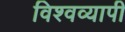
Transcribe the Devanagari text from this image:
विश्‍वव्‍यापी